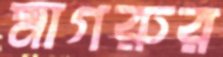
মাগরুর